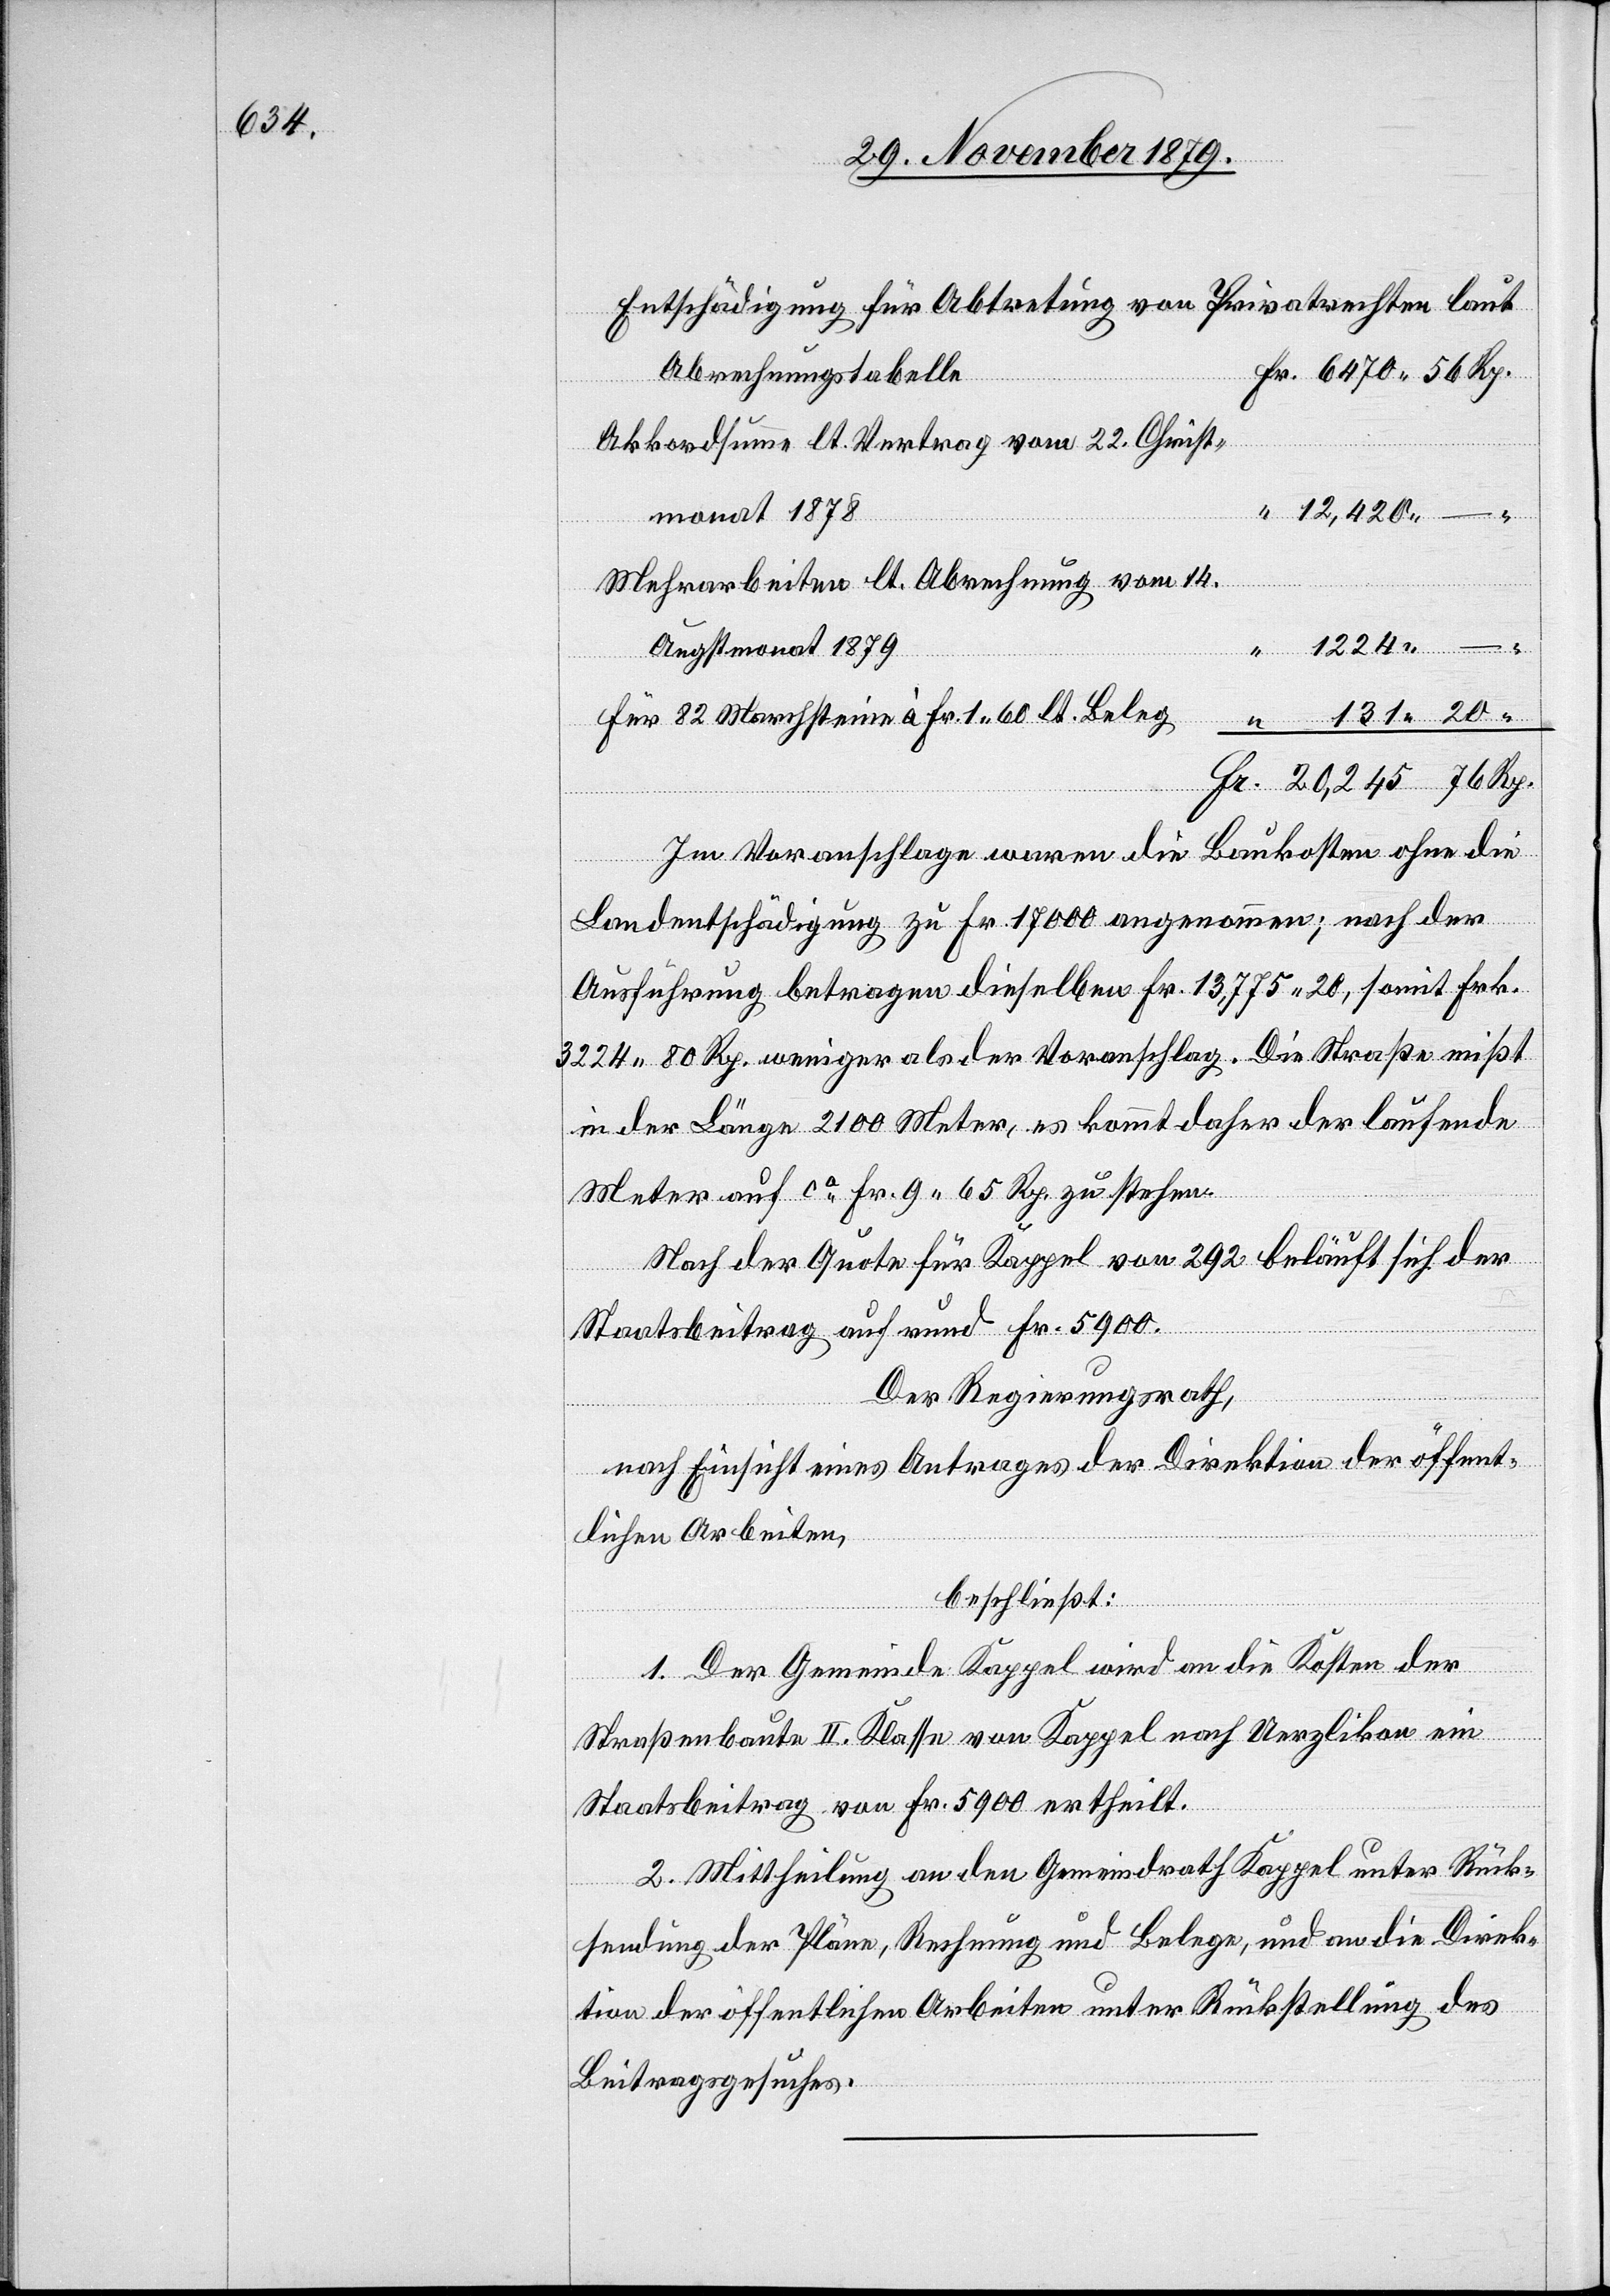
Entschädigung für Abtretung von Privatrechten laut
Abrechnungstabelle
Akkordsumme lt. Vertrag vom 22. Christ¬
monat 1878
Mehrarbeiten lt. Abrechnung vom 14.
1224
Augstmonat 1879
für 82 Marchsteine à Fr. 1.60 lt. Beleg
Im Voranschlage waren die Baukosten ohne die
Landentschädigung zu Fr. 17000 angenommen; nach der
Ausführung betragen dieselben Fr. 13,775 20, somit Frk.
3224 80 Rp. weniger als der Voranschlag. Die Straße mißt
in der Länge 2100 Meter, es kommt daher der laufende
Meter auf ca Fr. 9 65 Rp. zu stehen.
Nach der Quote für Kappel von 292 beläuft sich der
Staatsbeitrag auf rund Fr. 5900.
Der Regierungsrath,
nach Einsicht eines Antrages der Direktion der öffent¬
lichen Arbeiten,
beschließt:
Rp.
1. Der Gemeinde Kappel wird an de Kosten der
Fr.
Straßenbaute II. Klasse von Kappel nach Uerzlikon ein
Staatsbeitrag von Fr. 5900 ertheilt.
2. Mittheilung an den Gemeindrath Kappel unter Rück¬
sendung der Pläne, Rechnung und Belege, und an die Direk¬
tion der öffentlichen Arbeiten unter Rückstellung des
Beitragsgesuches.